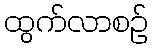
ထွက်လာစဉ်